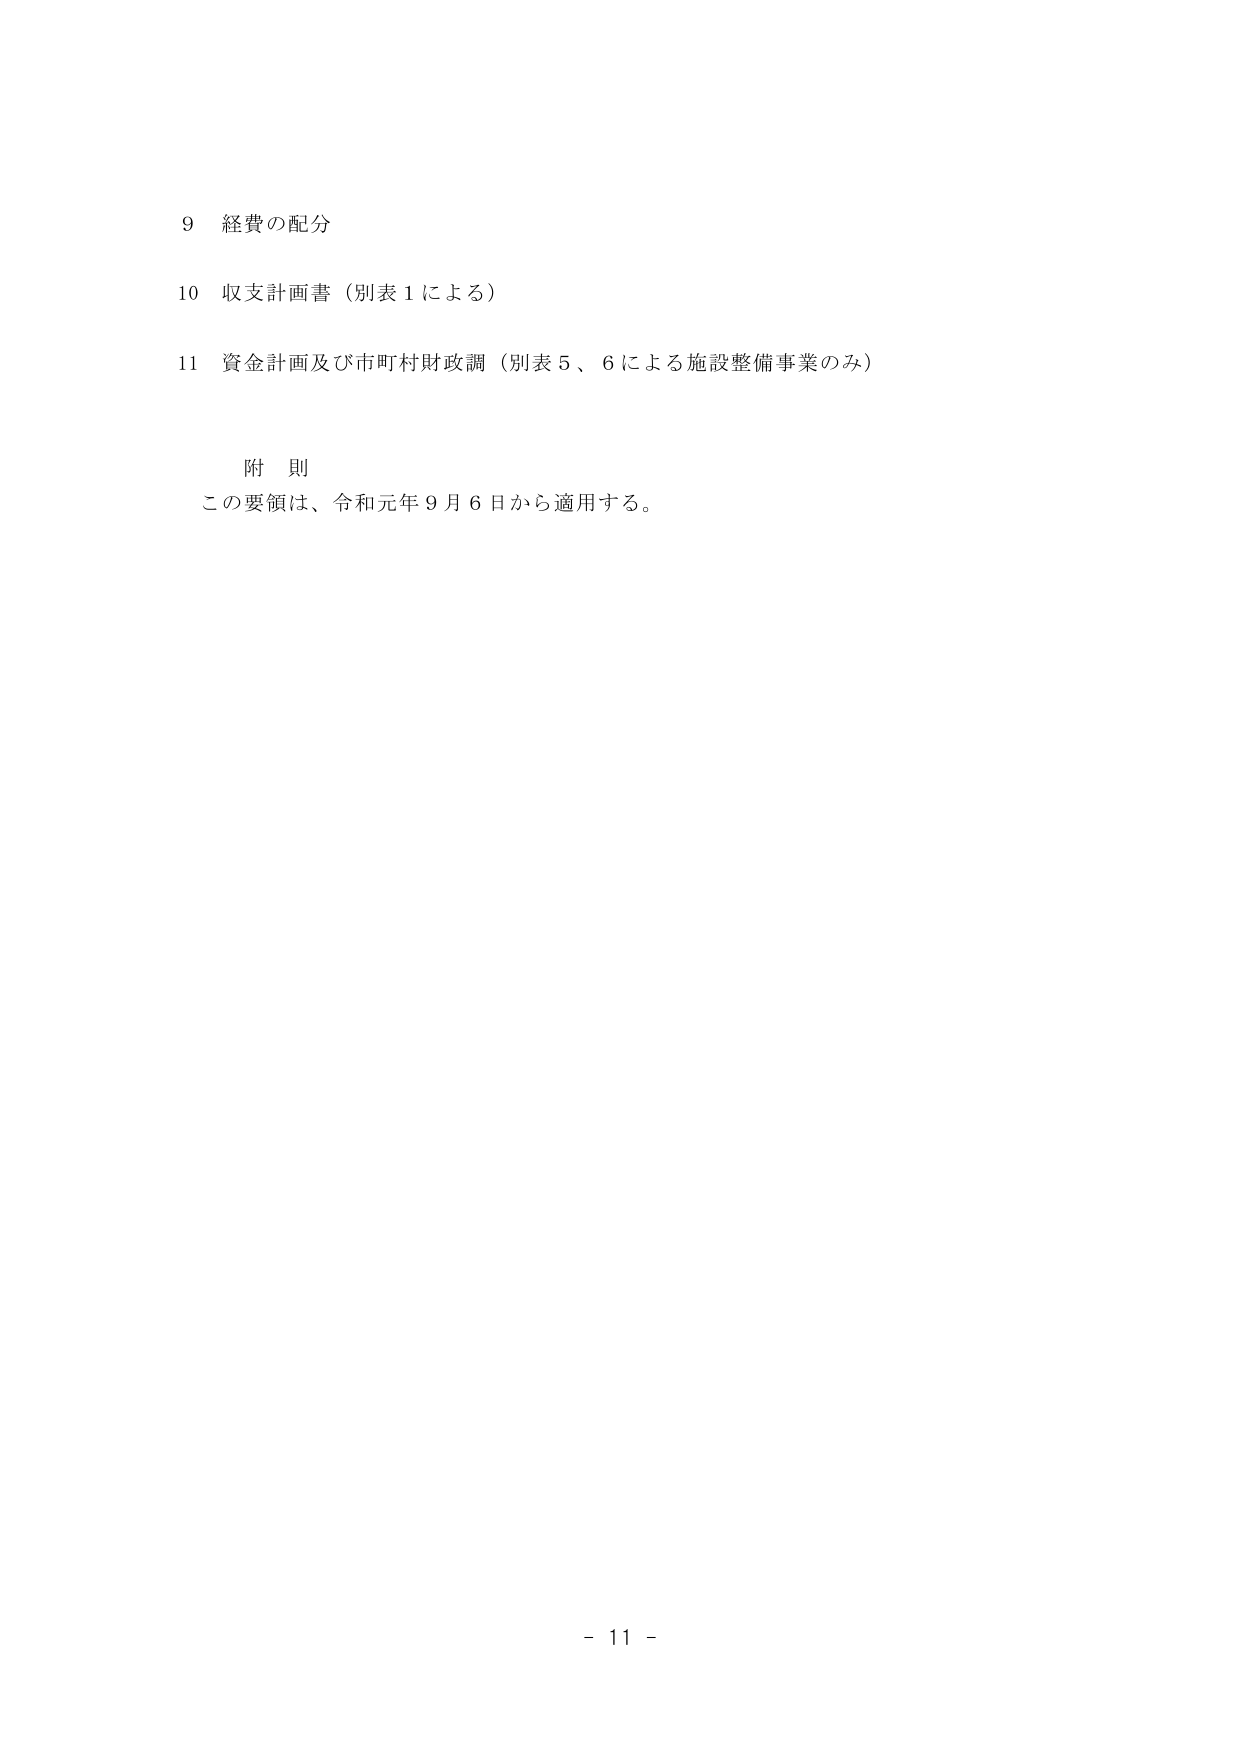
9 経費の配分

10 収支計画書（別表１による）

11 資金計画及び市町村財政調（別表５、６による施設整備事業のみ）

附 則
この要領は、令和元年９月６日から適用する。

- 11 -